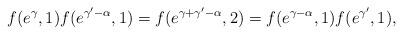
LaTeX: \begin{align*}f(e^{\gamma},1)f(e^{\gamma^{\prime}-\alpha},1)=f(e^{\gamma+\gamma^{\prime}-\alpha},2)=f(e^{\gamma-\alpha},1)f(e^{\gamma^{\prime}},1),\end{align*}